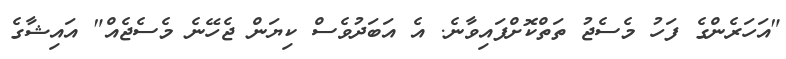
"އަހަރެންގެ ފަހު މެސެޖު ތަތްކޮށްފައިވާނެ. އެ އަބަދުވެސް ކިޔަން ޖެހޭނެ މެސެޖެއް" އައިޝާގެ